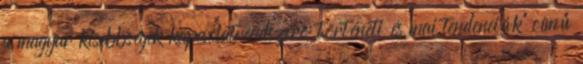
a magyar kisebbségek kapcsolatrendszere: történeti és mai tendenciák” című